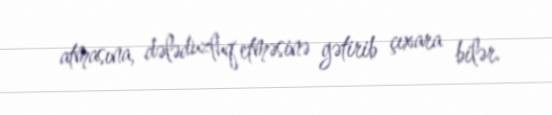
atmasına, dələduzluq etməsinə gətirib çıxara bilər.